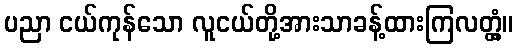
ပညာ ငယ်ကုန်သော လူငယ်တို့အားသာခန့်ထားကြလတ္တံ့။